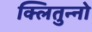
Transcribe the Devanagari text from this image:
क्लितुन्नो